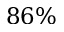
8 6 \%